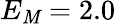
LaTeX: E_{\mathit{M}}=2.0